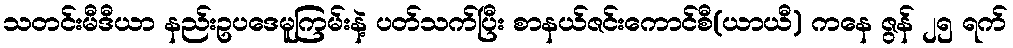
သတင်းမီဒီယာ နည်းဥပဒေမူကြမ်းနဲ့ ပတ်သက်ပြီး စာနယ်ဇင်းကောင်စီ(ယာယီ) ကနေ ဇွန် ၂၅ ရက်